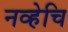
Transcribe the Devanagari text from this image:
नव्हेचि